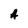
Character: A